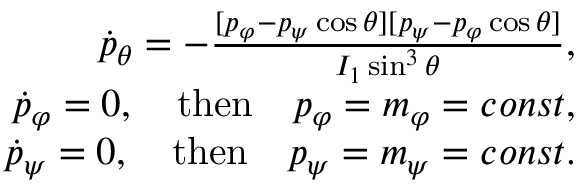
\begin{array} { r } { \dot { p } _ { \theta } = - \frac { [ p _ { \varphi } - p _ { \psi } \cos \theta ] [ p _ { \psi } - p _ { \varphi } \cos \theta ] } { I _ { 1 } \sin ^ { 3 } \theta } , } \\ { \dot { p } _ { \varphi } = 0 , \quad \mathrm { t h e n } \quad p _ { \varphi } = m _ { \varphi } = c o n s t , } \\ { \dot { p } _ { \psi } = 0 , \quad \mathrm { t h e n } \quad p _ { \psi } = m _ { \psi } = c o n s t . } \end{array}